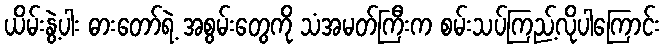
ယိမ်းနွဲ့ပါး ဓားတော်ရဲ့ အစွမ်းတွေကို သံအမတ်ကြီးက စမ်းသပ်ကြည့်လိုပါကြောင်း